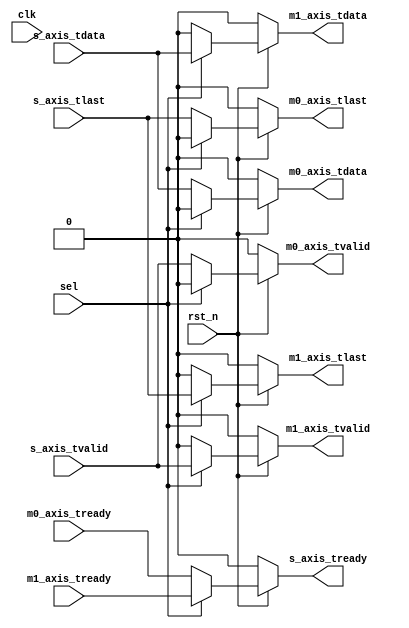
/*************************************************************/
//function: AXIS12
//Data    : 2023.5.5
//Version : V 1.0
/*************************************************************/
`timescale 1 ns / 1 ps

module demux1_2 (clk,rst_n,sel,s_axis_tdata,s_axis_tvalid,s_axis_tlast,s_axis_tready,m0_axis_tdata,m0_axis_tvalid,m0_axis_tlast,m0_axis_tready,m1_axis_tdata,m1_axis_tvalid,m1_axis_tlast,m1_axis_tready);
/************************************************************************************************/
parameter width=1;   /**/
parameter mode=1;    /*mode=1,,sel,; mode=0,,sel*/
/***********************************************************************************************************/
input clk;                          /**/
input rst_n;                        /**/
input sel;                          /*;sel=0,m0;sel=1,m1*/

input [width-1:0] s_axis_tdata;     /**/
input s_axis_tvalid;                /*,*/
input s_axis_tlast;                 /**/
output s_axis_tready;               /*,*/

output [width-1:0] m0_axis_tdata;   /**/
output m0_axis_tvalid;              /*,*/
output m0_axis_tlast;               /*,*/
input m0_axis_tready;               /*,*/
output [width-1:0] m1_axis_tdata;   /**/
output m1_axis_tvalid;              /*,*/
output m1_axis_tlast;               /*,*/
input m1_axis_tready;               /*,*/



/****************************************************************************************************/
generate
  if(mode)/**/
    begin
      assign s_axis_tready=rst_n?(sel?m1_axis_tready:m0_axis_tready):0;
      assign m0_axis_tdata=rst_n?(sel?0:s_axis_tdata):0;
      assign m0_axis_tvalid=rst_n?(sel?0:s_axis_tvalid):0;
      assign m0_axis_tlast=rst_n?(sel?0:s_axis_tlast):0;
      assign m1_axis_tdata=rst_n?(sel?s_axis_tdata:0):0;
      assign m1_axis_tvalid=rst_n?(sel?s_axis_tvalid:0):0;
      assign m1_axis_tlast=rst_n?(sel?s_axis_tlast:0):0;
    end
  else/**/
    begin
      reg s_axis_tready_reg;
      reg [width-1:0] m0_axis_tdata_reg;
      reg m0_axis_tvalid_reg;
      reg m0_axis_tlast_reg;
      reg [width-1:0] m1_axis_tdata_reg;
      reg m1_axis_tvalid_reg;
      reg m1_axis_tlast_reg;
      always@(posedge clk or negedge rst_n)
      begin
        if(!rst_n)
          begin
            s_axis_tready_reg<=0;
            m0_axis_tdata_reg<=0;
            m0_axis_tvalid_reg<=0;
            m0_axis_tlast_reg<=0;
            m1_axis_tdata_reg<=0;
            m1_axis_tvalid_reg<=0;
            m1_axis_tlast_reg<=0;
          end
        else
          begin
            if(sel)/*m1*/
              begin
                s_axis_tready_reg<=m1_axis_tready;
                m0_axis_tdata_reg<=0;
                m0_axis_tvalid_reg<=0;
                m0_axis_tlast_reg<=0;
                m1_axis_tdata_reg<=s_axis_tdata;
                m1_axis_tvalid_reg<=s_axis_tvalid;
                m1_axis_tlast_reg<=s_axis_tlast;
              end
            else/*m0*/
              begin
                s_axis_tready_reg<=m0_axis_tready;
                m0_axis_tdata_reg<=s_axis_tdata;
                m0_axis_tvalid_reg<=s_axis_tvalid;
                m0_axis_tlast_reg<=s_axis_tlast;
                m1_axis_tdata_reg<=0;
                m1_axis_tvalid_reg<=0;
                m1_axis_tlast_reg<=0;
              end
          end
      end
      assign s_axis_tready=s_axis_tready_reg;
      assign m0_axis_tdata=m0_axis_tdata_reg;
      assign m0_axis_tvalid=m0_axis_tvalid_reg;
      assign m0_axis_tlast=m0_axis_tlast_reg;
      assign m1_axis_tdata=m1_axis_tdata_reg;
      assign m1_axis_tvalid=m1_axis_tvalid_reg;
      assign m1_axis_tlast=m1_axis_tlast_reg;
    end
endgenerate
/***********************************************************************************************************/
endmodule